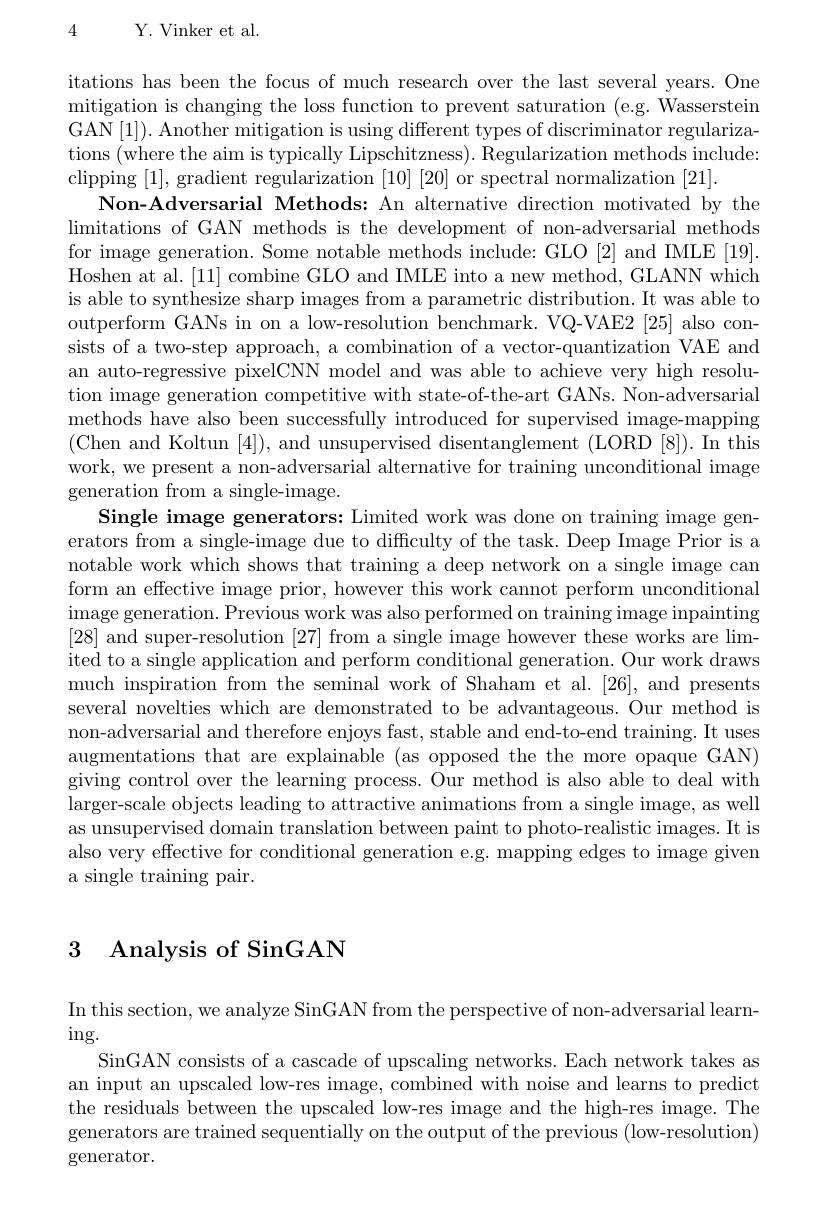
4 Y. Vinker et al.

itations has been the focus of much research over the last several years. One mitigation is changing the loss function to prevent saturation (e.g. Wasserstein GAN [1]). Another mitigation is using different types of discriminator regularizations (where the aim is typically Lipschitzness). Regularization methods include: clipping [1], gradient regularization [10][20] or spectral normalization [21].
Non-Adversarial Methods: An alternative direction motivated by the $\operatorname*{limitations~of~GAN~methods~is~the~development~of~non-adversarial~methods}$ for image generation. Some notable methods include: GLO [2] and IMLE [19]. Hoshen at al.[11] combine GLO and IMLE into a new method, GLANN which is able to synthesize sharp images from a parametric distribution. It was able to outperform GANs in on a low-resolution benchmark. VQ-VAE2 [25] also consists of a two-step approach, a combination of a vector-quantization VAE and an auto-regressive pixelCNN model and was able to achieve very high resolution image generation competitive with state-of-the-art GANs. Non-adversarial methods have also been successfully introduced for supervised image-mapping (Chen and Koltun [4]), and unsupervised disentanglement (LORD [8]).In this work, we present a non-adversarial alternative for training unconditional image generation from a single-image.
Single image generators: Limited work was done on training image generators from a single-image due to difficulty of the task. Deep Image Prior is a notable work which shows that training a deep network on a single image can form an effective image prior, however this work cannot perform unconditional image generation. Previous work was also performed on training image inpainting [28] and super-resolution [27] from a single image however these works are limited to a single application and perform conditional generation. Our work draws much inspiration from the seminal work of Shaham et al.[26], and presents several novelties which are demonstrated to be advantageous. Our method is non-adversarial and therefore enjoys fast, stable and end-to-end training. It uses augmentations that are explainable (as opposed the the more opaque GAN) giving control over the learning process. Our method is also able to deal with larger-scale objects leading to attractive animations from a single image, as well as unsupervised domain translation between paint to photo-realistic images. It is also very effective for conditional generation e.g. mapping edges to image given a single training pair.

### 3 Analysis of SinGAN

In this section, we analyze SinGAN from the perspective of non-adversarial learn-
$\operatorname{ing}.$

SinGAN consists of a cascade of upscaling networks. Each network takes as an input an upscaled low-res image, combined with noise and learns to predict the residuals between the upscaled low-res image and the high-res image. The generators are trained sequentially on the output of the previous (low-resolution) generator.